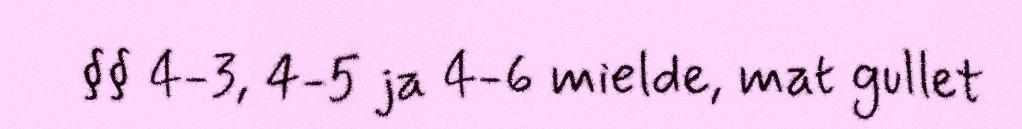
§§ 4-3, 4-5 ja 4-6 mielde, mat gullet